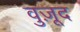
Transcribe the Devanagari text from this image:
वुज़ूद